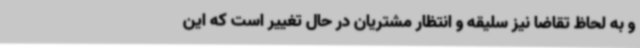
و به لحاظ تقاضا نیز سلیقه و انتظار مشتریان در حال تغییر است که این